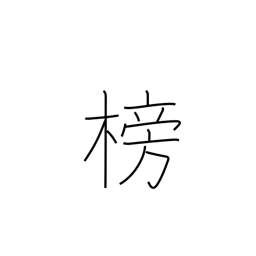
Meaning: rudder